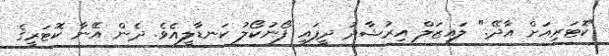
"ކޮޓަރިއަށް އާދޭ." ލައިޒަލް އިރުޝާދު ދީފައި ފޯނުކޯލު ކަނޑާލީއެވެ. ދެން އޭނާ ކޮޓަރީގެ